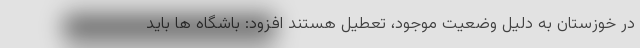
در خوزستان به دلیل وضعیت موجود، تعطیل هستند افزود: باشگاه ها باید